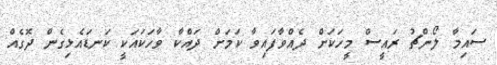
ސައިމާ ލޯންޗު ރައީސް މީހަކަށް ދެއްވާފައިވާ ކަމަށް ދައްކާ ވާހަކައަކީ ކަނޑައެޅިގެން ދޮގެއް